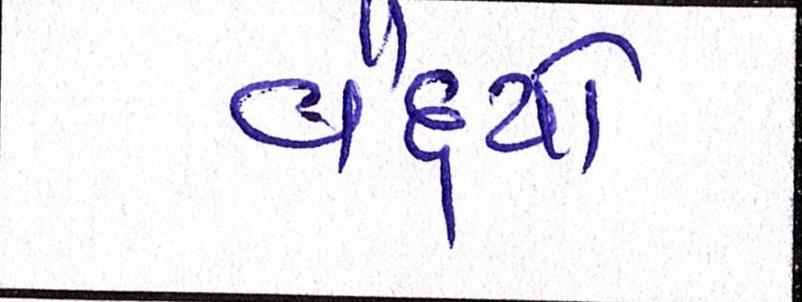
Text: વૈદ્યો